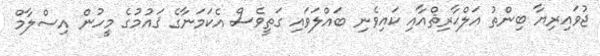
ޖުވައިރިޔާ ބިންތު އަލްޙާރިޘްއާއި ކައިވެނި ބައްލަވައި ގަތީވެސް އެކަމަނާގެ ޤައުމުގެ މީހުން އިސްލާމް